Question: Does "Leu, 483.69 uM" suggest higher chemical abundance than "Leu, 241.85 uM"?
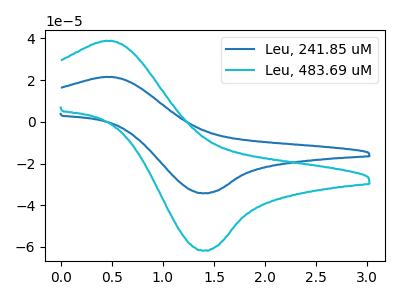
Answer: <think>The blue curve "Leu, 241.85 uM" has an anodic peak at (0.45V, 21.50uA) and a cathodic peak at (1.40V, -34.20uA). The cyan curve "Leu, 483.69 uM" has an anodic peak at (0.45V, 38.75uA) and a cathodic peak at (1.40V, -61.70uA).
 All the peaks in "Leu, 483.69 uM" have a peak in "Leu, 241.85 uM" at the same potential. Every peak in "Leu, 483.69 uM" is higher than every peak in "Leu, 241.85 uM".</think>
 <answer>"Leu, 483.69 uM" has more signal than "Leu, 241.85 uM".</answer>
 <eval>more_signal</eval>